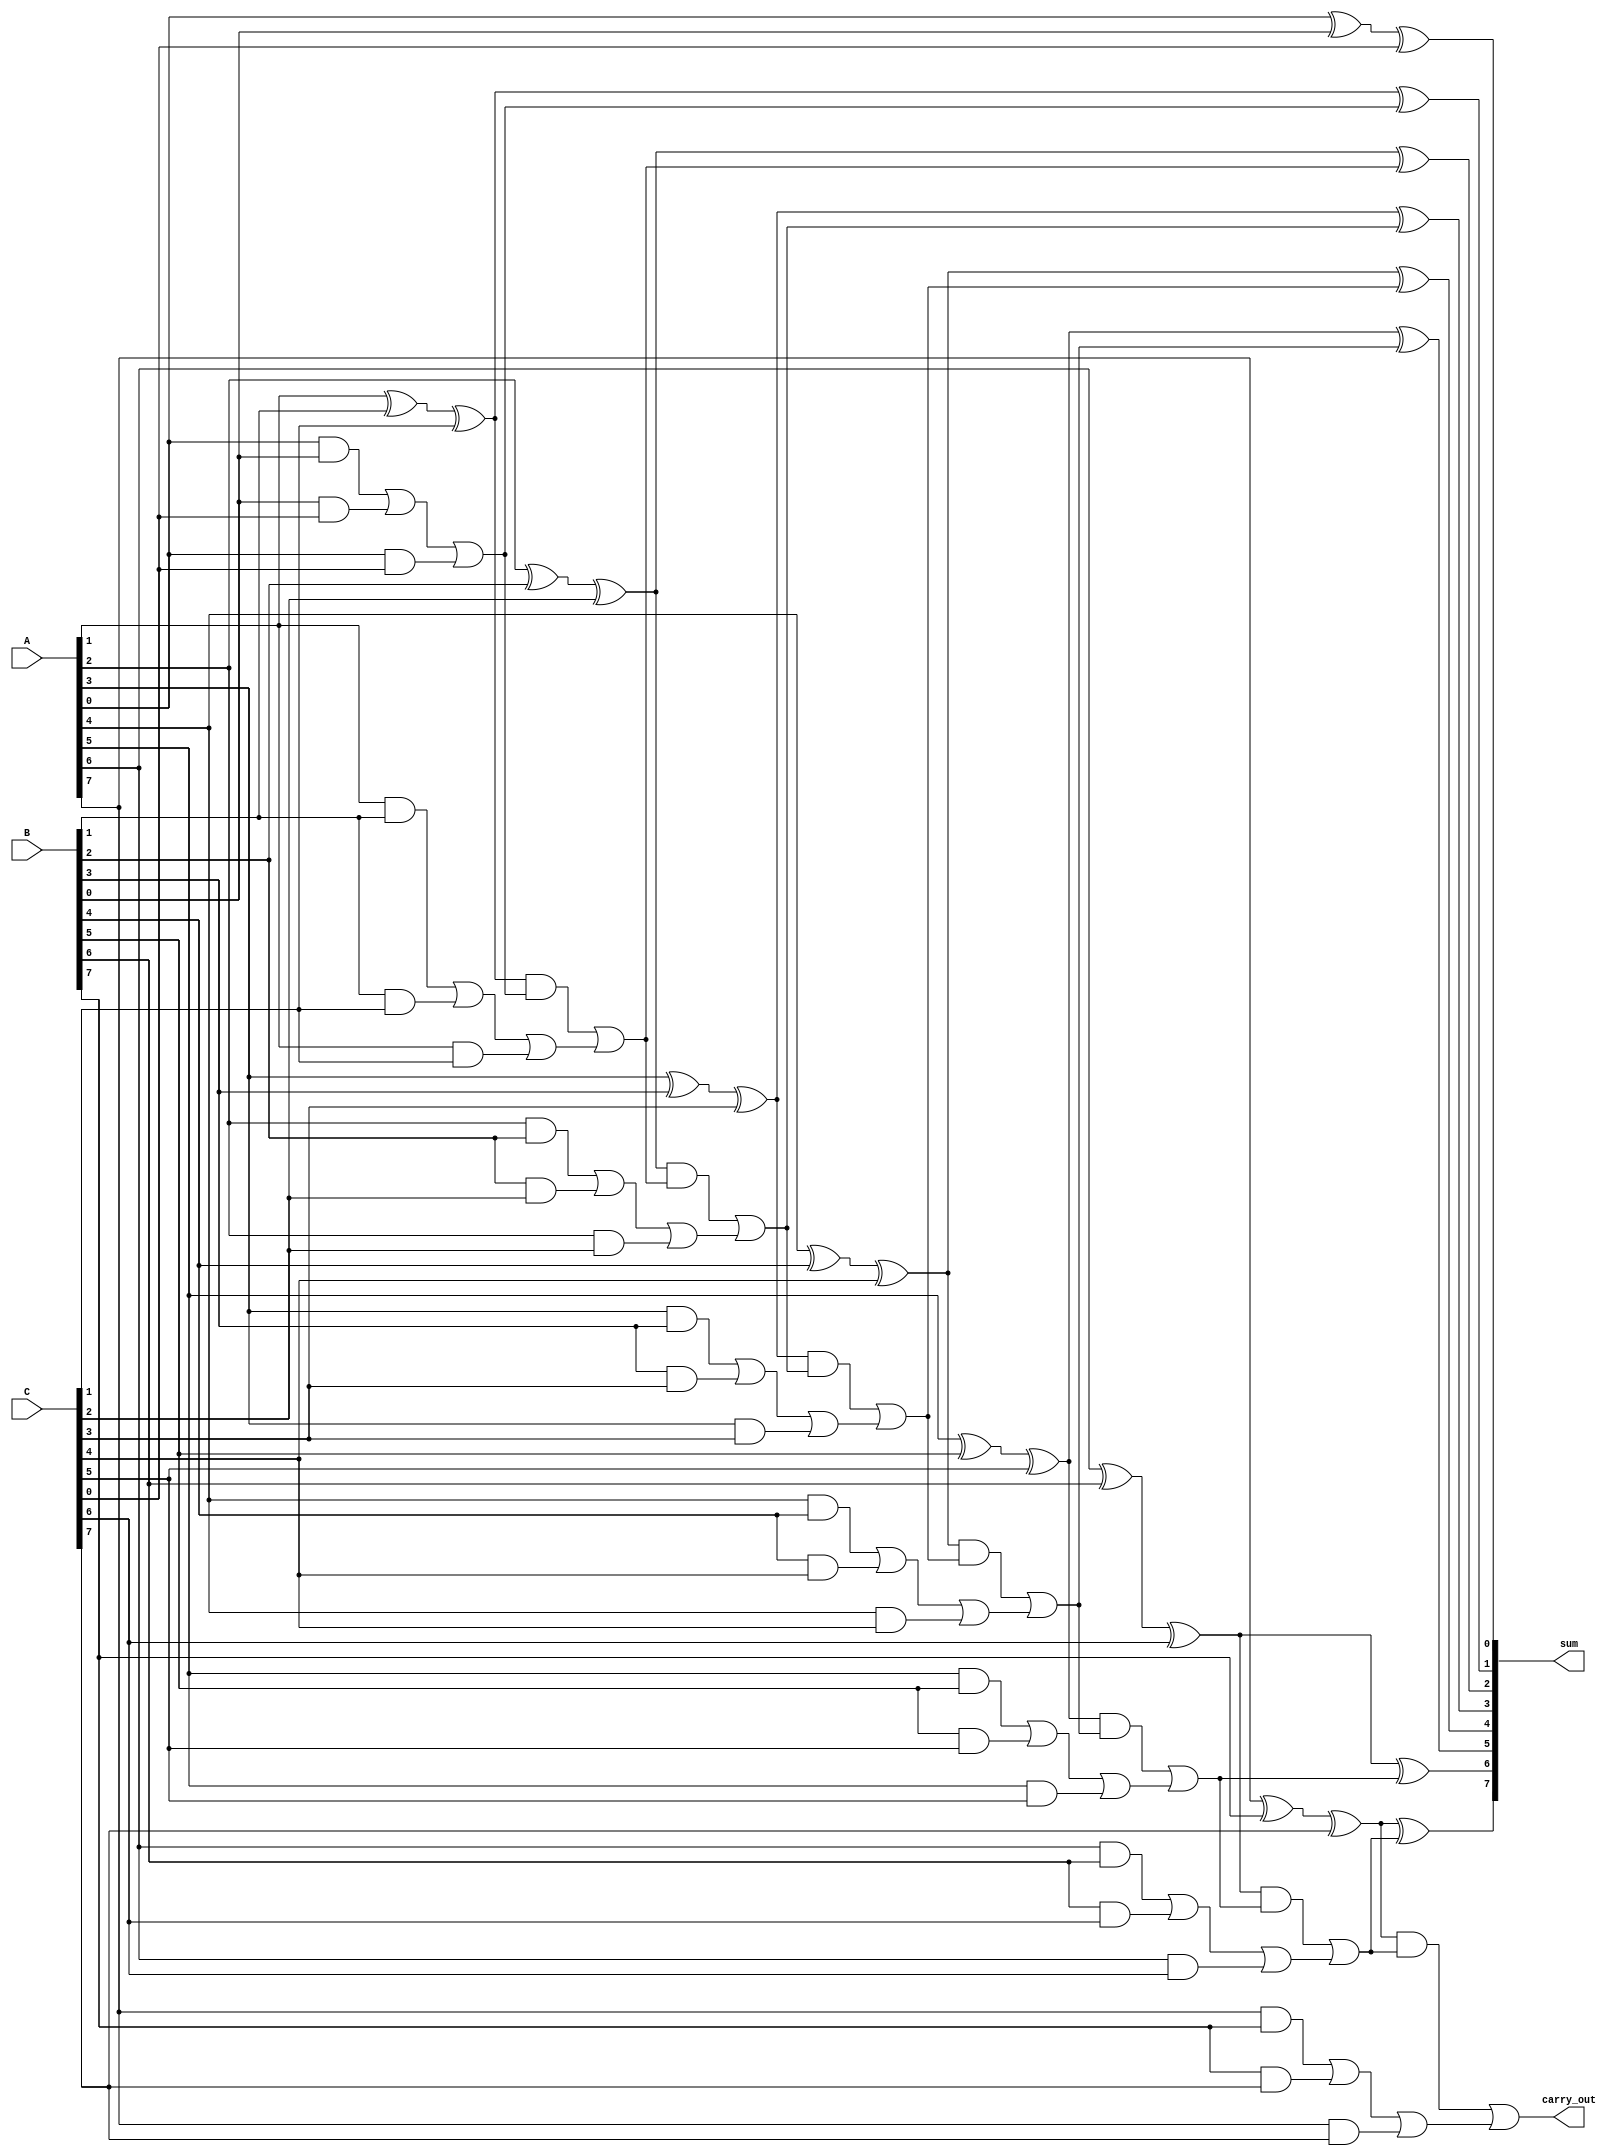
module carry_save_adder #(
    parameter n = 8, // Bit-width of the operands
    parameter num_operands = 3 // Number of operands
)(
    input [n-1:0] A, // First operand
    input [n-1:0] B, // Second operand
    input [n-1:0] C, // Third operand
    output [n-1:0] sum, // Final sum output
    output carry_out // Final carry out
);

    // Intermediate signals for carry save logic
    wire [n-1:0] sum_cs; // Carry save sum
    wire [n-1:0] carry_cs; // Carry save carry

    // Carry Save Logic
    genvar i;
    generate
        for (i = 0; i < n; i = i + 1) begin : carry_save_logic
            assign sum_cs[i] = A[i] ^ B[i] ^ C[i]; // Sum calculation
            assign carry_cs[i] = (A[i] & B[i]) | (B[i] & C[i]) | (A[i] & C[i]); // Carry calculation
        end
    endgenerate

    // Carry Propagation Logic (Ripple Carry Adder)
    wire [n:0] carry; // Carry bits for RCA
    assign carry[0] = 0; // Initial carry-in is 0

    generate
        for (i = 0; i < n; i = i + 1) begin : rca
            assign sum[i] = sum_cs[i] ^ carry[i]; // Final sum
            assign carry[i + 1] = (sum_cs[i] & carry[i]) | carry_cs[i]; // Carry propagation
        end
    endgenerate

    assign carry_out = carry[n]; // Final carry out

endmodule